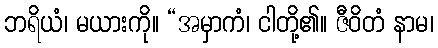
ဘရိယံ၊ မယားကို။ “အမှာကံ၊ ငါတို့၏။ ဇီဝိတံ နာမ၊